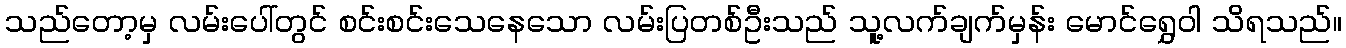
သည်တော့မှ လမ်းပေါ်တွင် စင်းစင်းသေနေသော လမ်းပြတစ်ဦးသည် သူ့လက်ချက်မှန်း မောင်ရွှေဝါ သိရသည်။